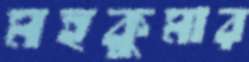
মহকুমার